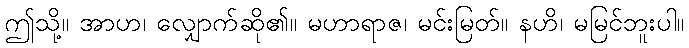
ဤသို့။ အာဟ၊ လျှောက်ဆို၏။ မဟာရာဇ၊ မင်းမြတ်။ နဟိ၊ မမြင်ဘူးပါ။